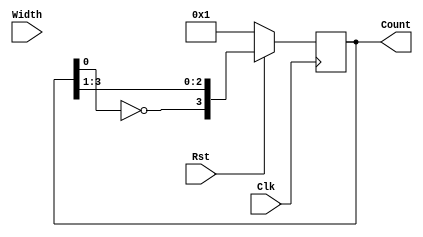
module JOHNSON_COUNTER(
    input [3:0] Width,
    input Clk,
    input Rst,
    output reg [3:0] Count
    );
  
    always@(posedge Clk)
    begin
    if(Rst)
    Count={~Count[0],Count[3:1]};
    else
    Count=4'b0001;
    end
endmodule